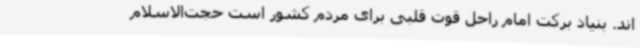
اند. بنیاد برکت امام راحل قوت قلبی برای مردم کشور است حجت‌الاسلام